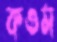
কওম